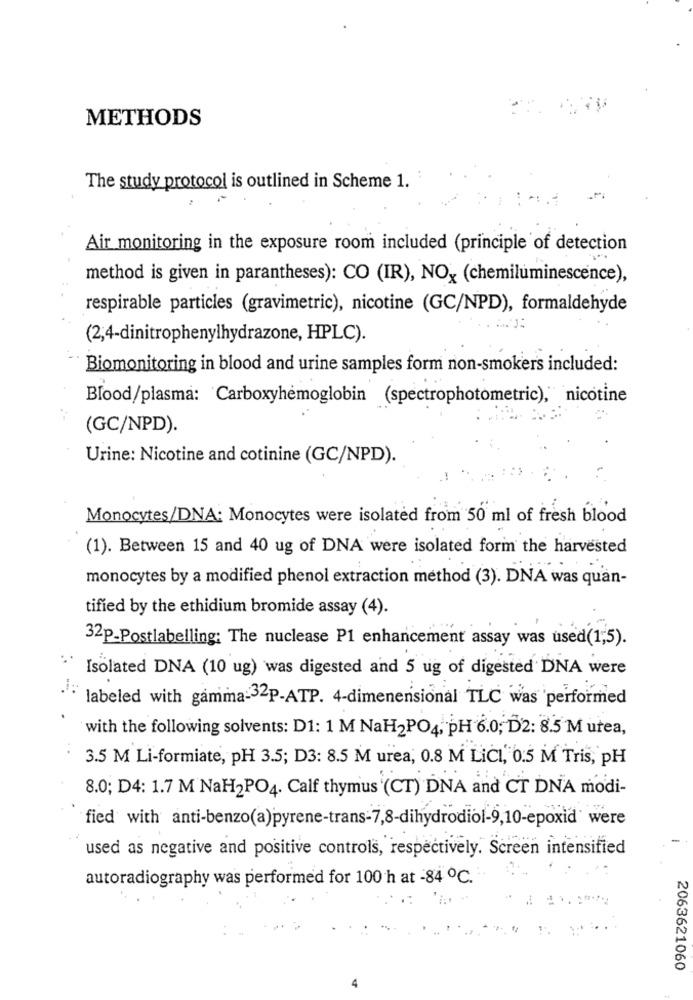
METHODS
The study protocol is outlined in Scheme 1.
Air monitoring in the exposure room included (principle of detection
method is given in parantheses): CO (IR), NOx (chemiluminescence),
respirable particles (gravimetric), nicotine (GC/NPD), formaldehyde
(2,4-dinitrophenylhydrazone, HPLC).
Biomonitoring in blood and urine samples form non-smokers included:
Blood/plasma: Carboxyhemoglobin (spectrophotometric)," nicotine
(GC/NPD).
Urine: Nicotine and cotinine (GC/NPD).
Monocytes/DNA: Monocytes were isolated from 50 ml of fresh blood
(1). Between 15 and 40 ug of DNA were isolated form the harvested
monocytes by a modified phenol extraction method (3). DNA was quan-
tified by the ethidium bromide assay (4).
32p-Postlabelling: The nuclease P1 enhancement assay was used(1,5).
Isolated DNA (10 ug) was digested and 5 ug of digested DNA were
labeled with gamma-32P-ATP. 4-dimenensional TLC was performed
with the following solvents: D1: 1 M NaH2PO4, pH 6.0; D2: 8.5 M urea,
3.5 M Li-formiate, pH 3.5; D3: 8.5 M urea, 0.8 M LiCI, 0:5 M Tris, pH
8.0; D4: 1.7 M NaH2PO4. Calf thymus (CT) DNA and CT DNA modi-
fied with anti-benzo(a)pyrene-trans-7,8-dihydrodiol-9,10-epoxid' were
used as negative and positive controls, respectively. Screen intensified
autoradiography was performed for 100 h at -84 ℃.
2063621060
4